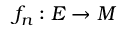
f _ { n } : E \to M